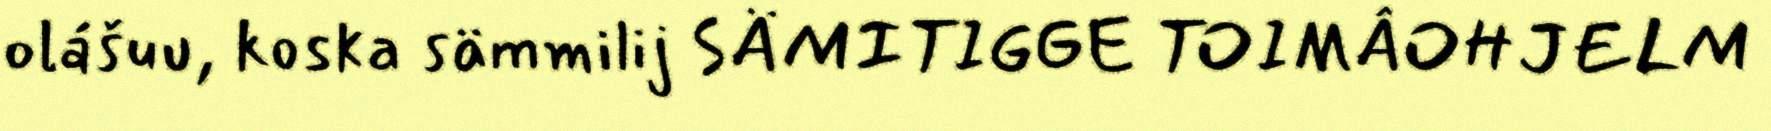
olášuu, koska sämmilij SÄMITIGGE TOIMÂOHJELM